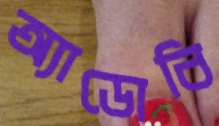
অ্যাডোবি